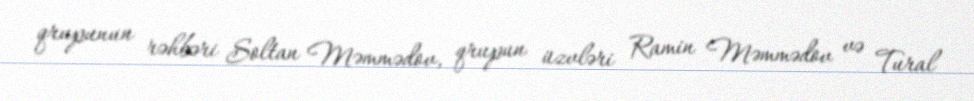
qrupunun rəhbəri Soltan Məmmədov, qrupun üzvləri Ramin Məmmədov və Tural